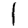
Digit: 1